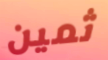
ثمين